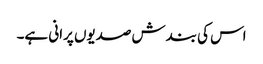
اس کی بندش صدیوں پرانی ہے۔